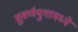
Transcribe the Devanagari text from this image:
सुवर्णयुगामध्ये